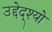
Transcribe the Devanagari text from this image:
उद्देद्श्यो